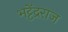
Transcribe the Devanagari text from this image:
भट्टेंद्रराज